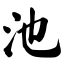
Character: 池